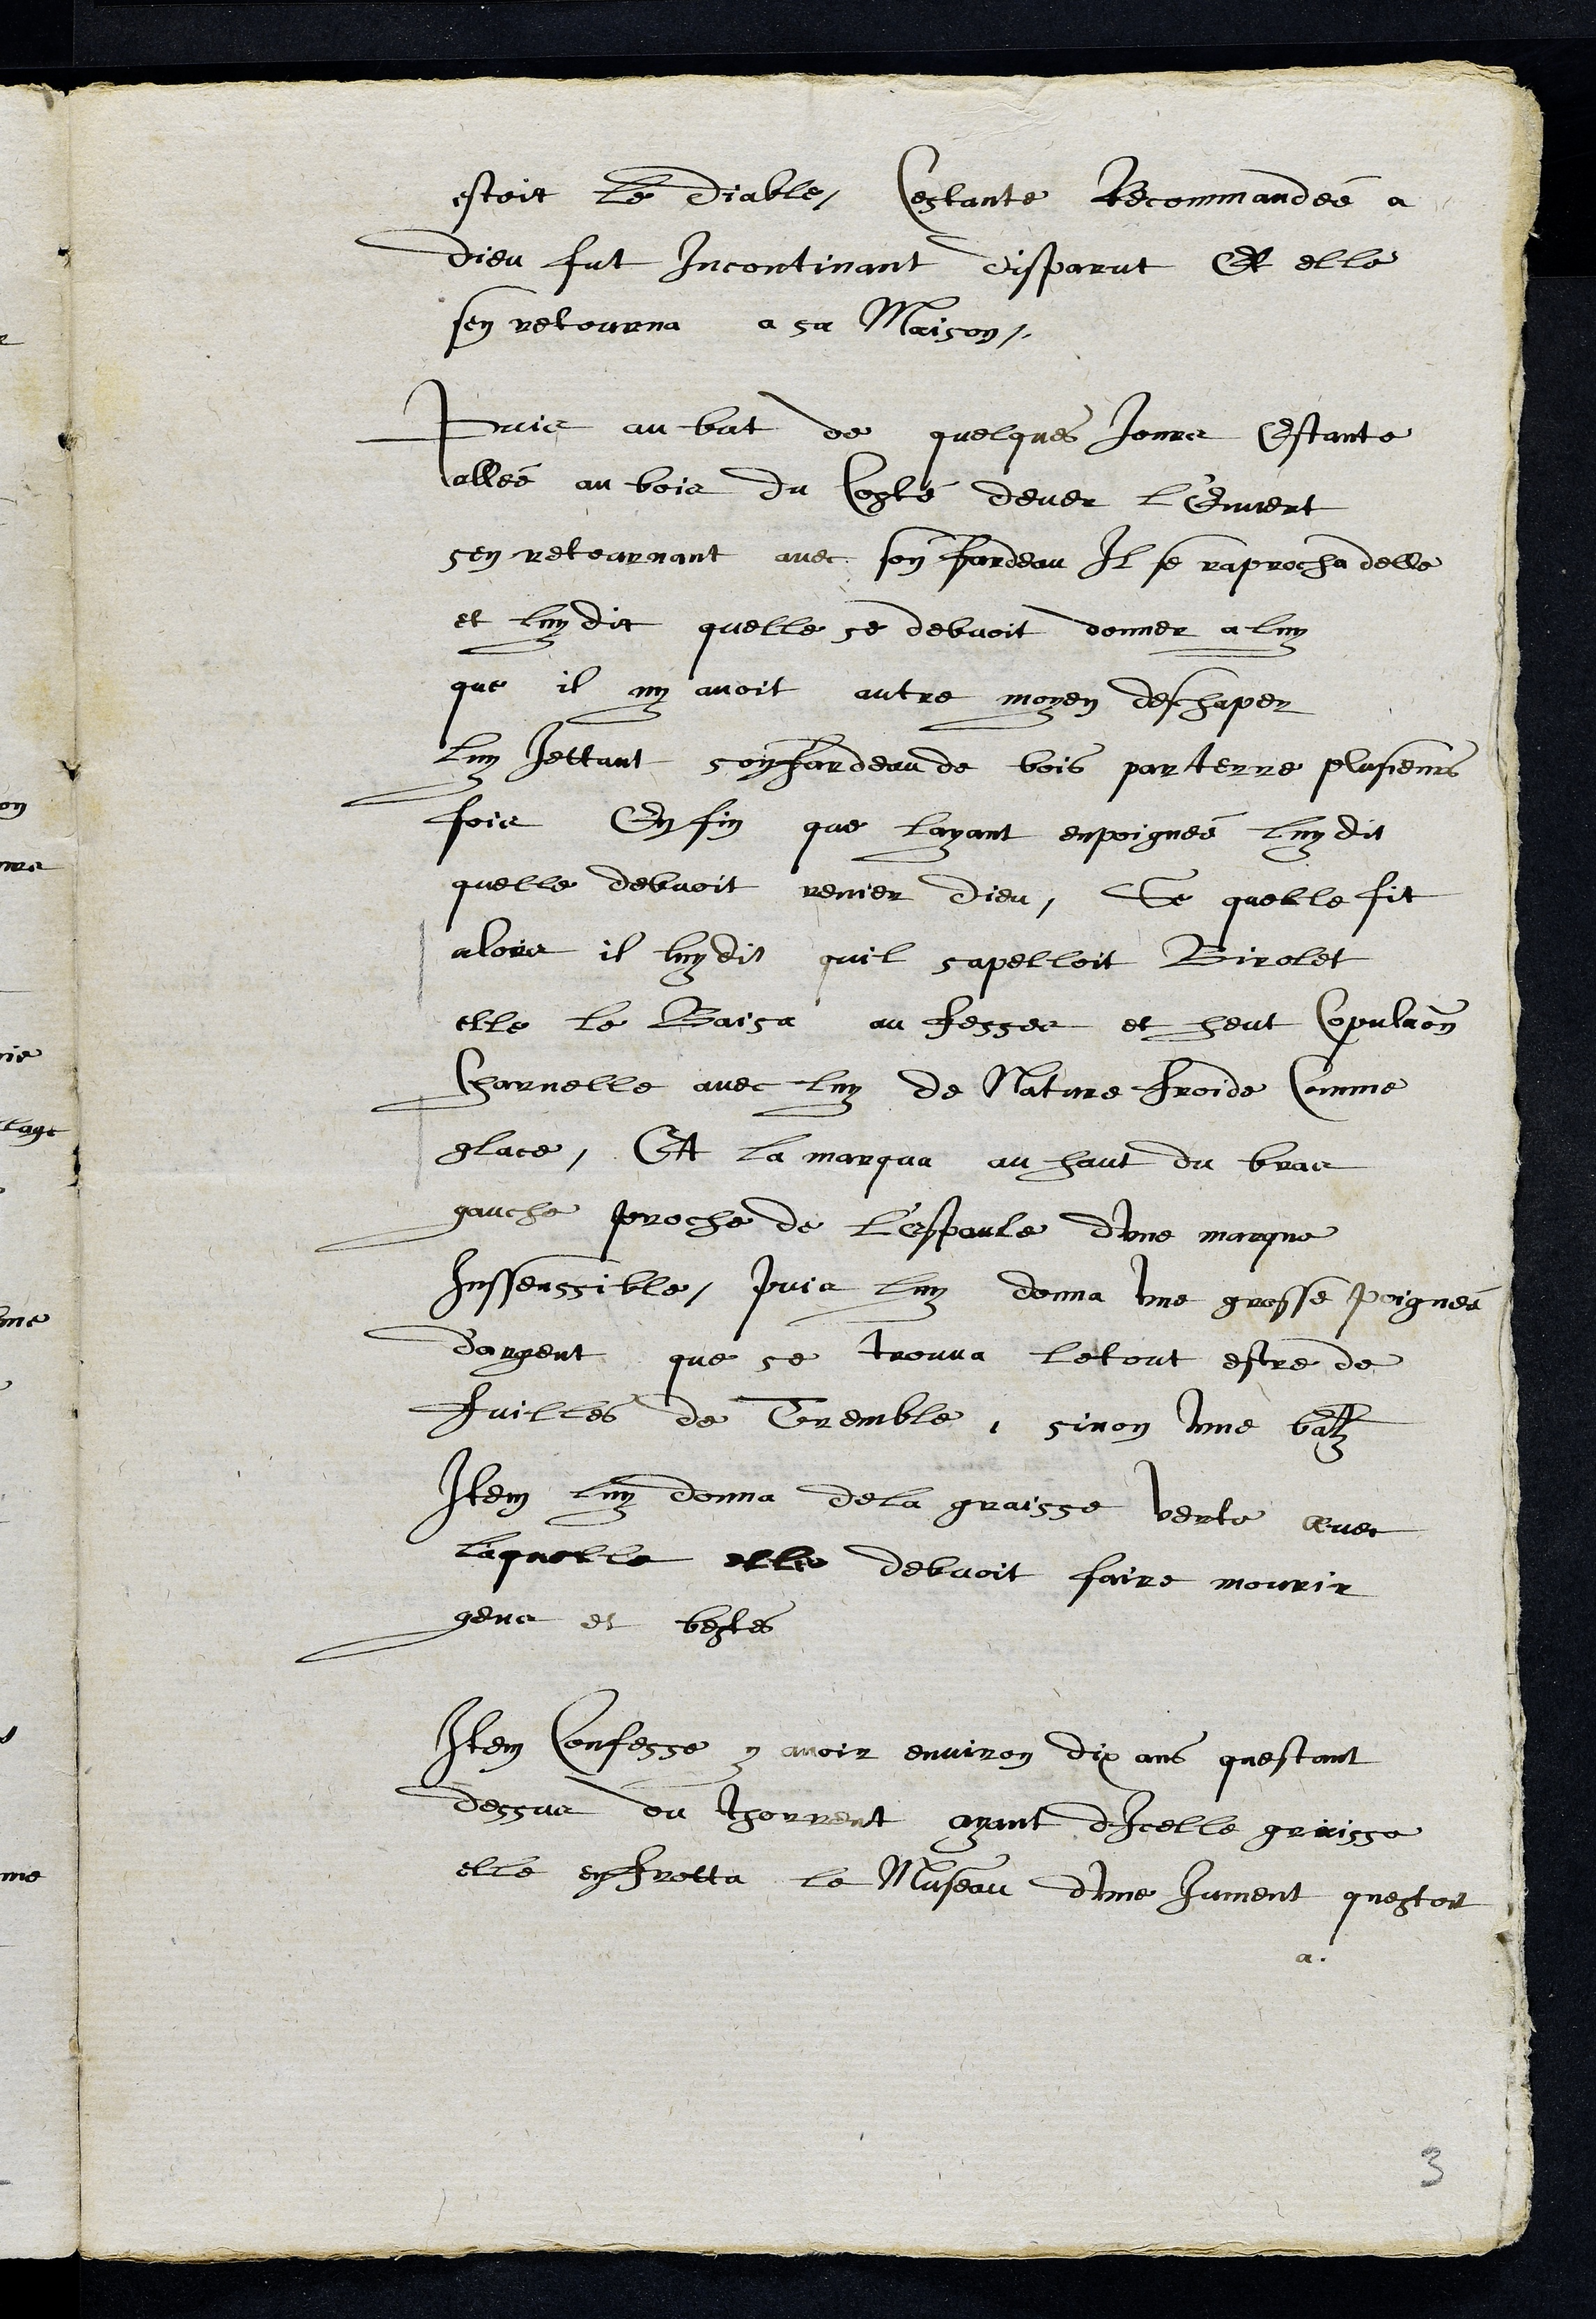
estoit le diable, Cestante recommandée a
dieu fut incontinant disparut Et elle
sen retourna a sa maison.
Puis au but de quelques jours estante
allée au bois du Costé dever l'Envert
sen retournant avec son fardeau Il se raprocha delle
et luy dit quelle se debvoit donner a luy
que il ny avoit autre moyen deschaper
Luy jettant son fardeau de bois par terre plusieurs
fois En fin que layant empoignée luy dit
quelle debvoit renier dieu, Se quelle fit
alors il luy dit quil sapelloit Birolet
elle le Baisa au fesses et heut Copulaon
Charnelle avec luy de nature froide comme
glace, Et la marqua au haut du bras
gauche proche de l'espaule dune marque
Inssenssible, puis luy donna une grosse poignée
d'argent que se trouva le tout estre de
fuilles de Tremble, sinon une batz
Item luy donna de la graisse verte avec
laquelle elle debvoit faire mourir
gens et bestes
Item confesse y avoir environ dix ans questant
dessus du thorrent ayant dicelle graisse
elle en frotta le Museau d’une Jument questoit
3